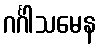
ဂင်္ဂါသမေန